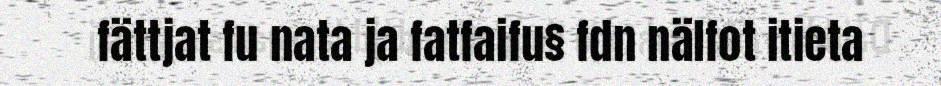
fättjat fu nata ja fatfaifu§ fdn nälfot itieta